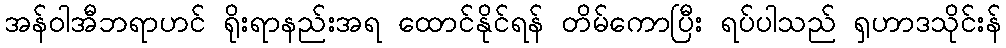
အန်ဝါအီဘရာဟင် ရိုးရာနည်းအရ ထောင်နိုင်ရန် တိမ်ကောပြီး ရပ်ပါသည် ရှဟာဒသိုင်းန်